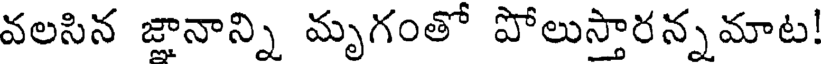
వలసిన జ్ఞానాన్ని మృగంతో పోలుస్తారన్నమాట!